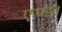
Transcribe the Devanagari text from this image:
एण्ड।